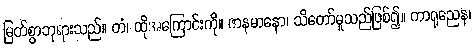
မြတ်စွာဘုရားသည်။ တံ၊ ထိုအကြောင်းကို။ ဇာနမာနော၊ သိတော်မူသည်ဖြစ်၍။ ကာရုညေန၊